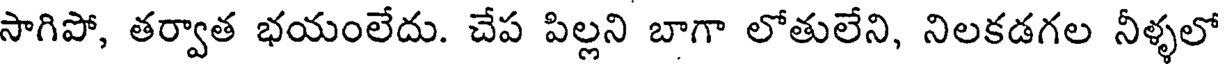
సాగిపో, తర్వాత భయంలేదు. చేప పిల్లని బాగా లోతులేని, నిలకడగల నీళ్ళలో